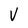
Character: v